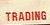
trading